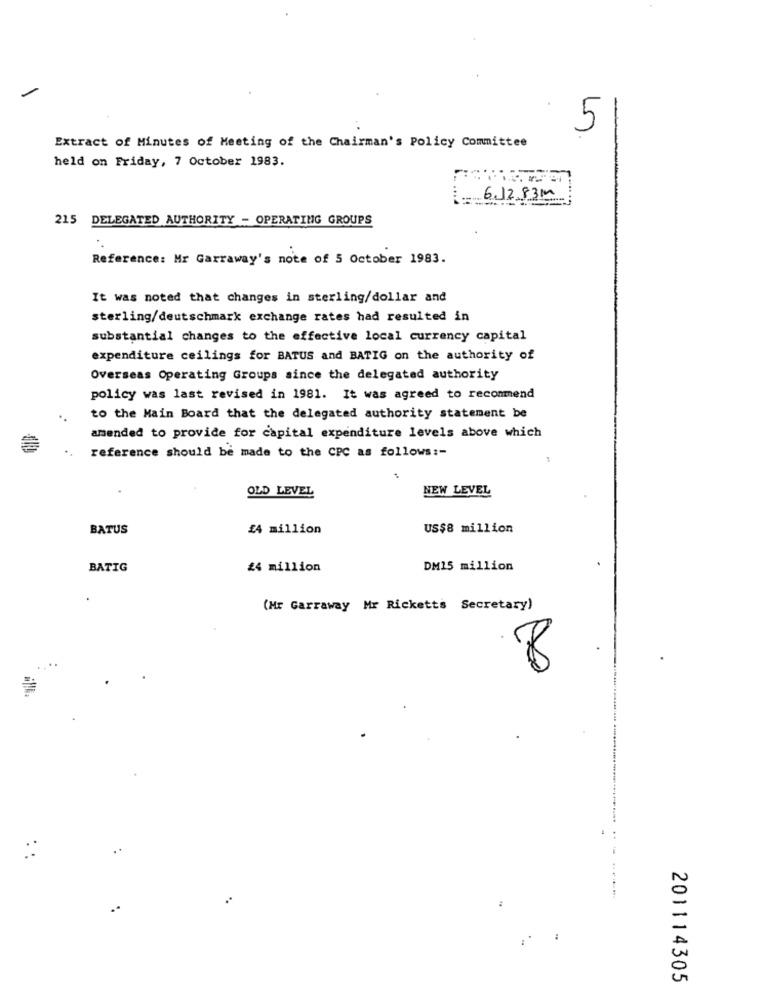
5
Extract of Minutes of Meeting of the Chairman's Policy Committee
held on Friday, 7 October 1983.
6.12.831
215 DELEGATED AUTHORITY - OPERATING GROUPS
Reference: Mr Garraway's note of 5 October 1983.
It was noted that changes in sterling/dollar and
sterling/deutschmark exchange rates had resulted in
substantial changes to the effective local currency capital
expenditure ceilings for BATUS and BATIG on the authority of
Overseas Operating Groups since the delegated authority
policy was last revised in 1981. It was agreed to recommend
to the Main Board that the delegated authority statement be
amended to provide for capital expenditure levels above which
reference should be made to the CPC as follows :-
OLD LEVEL
NEW LEVEL
BATUS
£4 million
US$8 million
BATIG
24 million
DM15 million
(Mr Garraway Mr Ricketts Secretary)
8
:
201114305